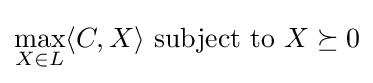
\max _{X\in L}\langle C,X\rangle {\text{ subject to }}X\succeq 0